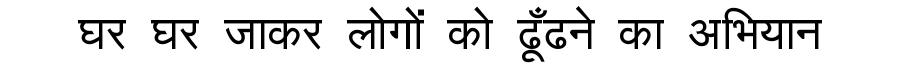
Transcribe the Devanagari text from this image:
घर घर जाकर लोगों को ढूँढने का अभियान